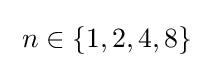
\;n\in \{1,2,4,8\}\;